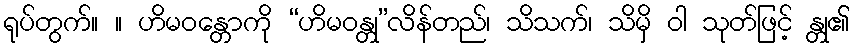
ရုပ်တွက်။ ။ ဟိမဝန္တောကို “ဟိမဝန္တု”လိန်တည်၊ သိသက်၊ သိမှိ ဝါ သုတ်ဖြင့် န္တု၏